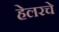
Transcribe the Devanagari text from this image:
हेलरचे